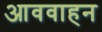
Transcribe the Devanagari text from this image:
आववाहन